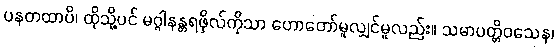
ပနတထာပိ၊ ထိုသို့ပင် မဂ္ဂါနန္တရဖိုလ်ကိုသာ ဟောတော်မူလျှင်မူလည်း။ သမာပတ္တိဝသေန၊